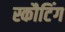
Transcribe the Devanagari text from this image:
स्कौटिंग